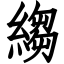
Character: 縐